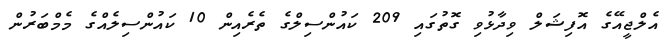
އެލްޖީއޭގެ އޮފިޝަލް ވިދާޅުވި ގޮތުގައި 209 ކައުންސިލްގެ ތެރެއިން 10 ކައުންސިލެއްގެ މެމްބަރުން